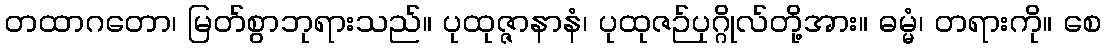
တထာဂတော၊ မြတ်စွာဘုရားသည်။ ပုထုဇ္ဇာနာနံ၊ ပုထုဇဉ်ပုဂ္ဂိုလ်တို့အား။ ဓမ္မံ၊ တရားကို။ စေ